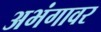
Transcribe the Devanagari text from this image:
अभंगावर